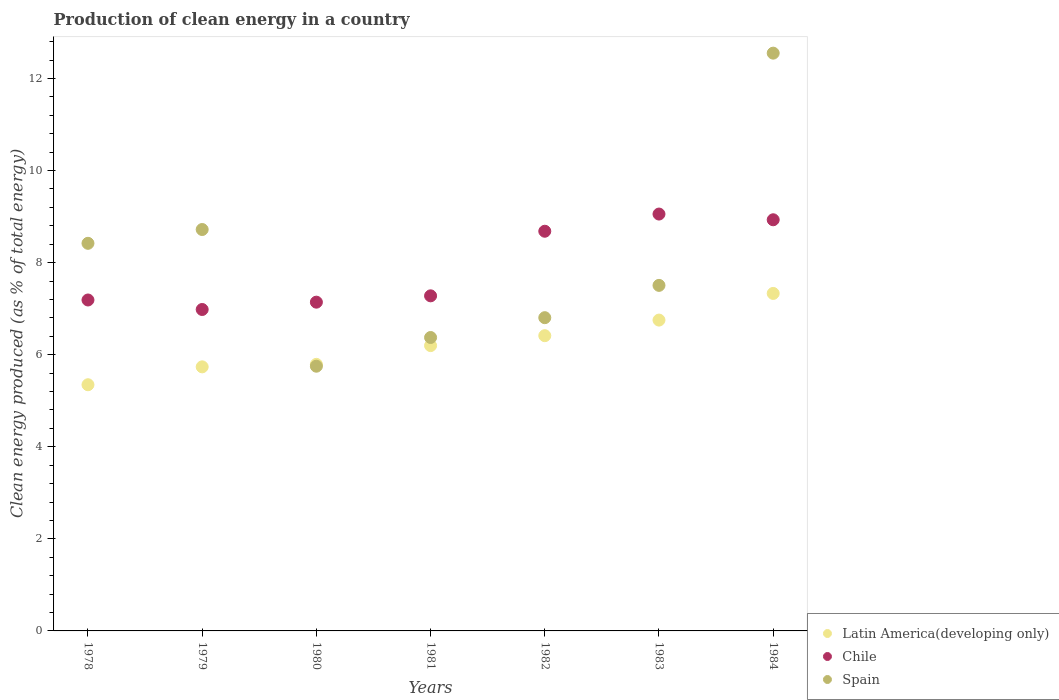
| Years | Latin America(developing only) | Chile | Spain |
 | --- | --- | --- | --- |
 | 1978 | 5.35 | 7.19 | 8.42 |
 | 1979 | 5.74 | 6.98 | 8.72 |
 | 1980 | 5.79 | 7.14 | 5.75 |
 | 1981 | 6.2 | 7.28 | 6.37 |
 | 1982 | 6.41 | 8.68 | 6.8 |
 | 1983 | 6.75 | 9.06 | 7.51 |
 | 1984 | 7.33 | 8.93 | 12.6 |